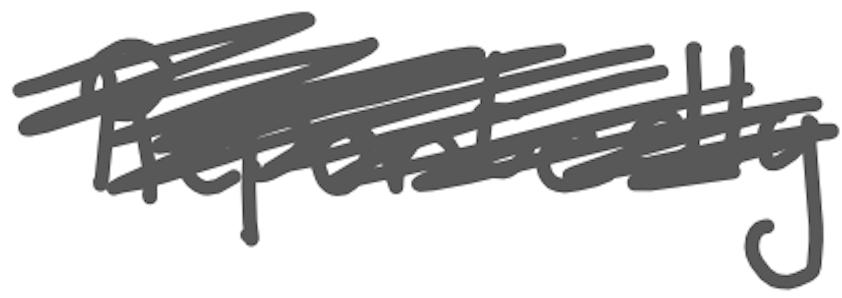
Text: Reportedly
Cross-out: scratch
Writing tool: digital_gray